Report of the veterinary officer investigating camel disease
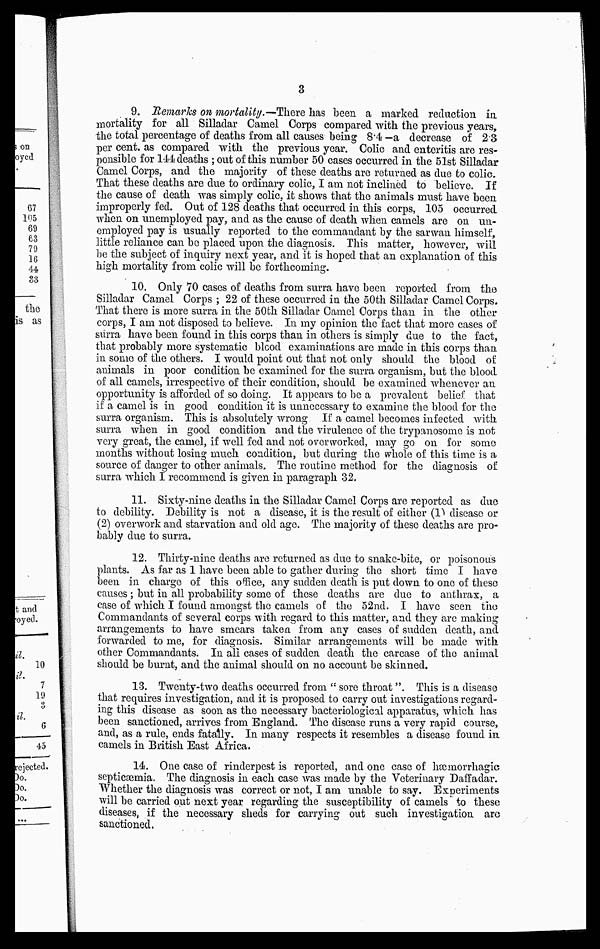
3
9. Remarks on mortality.—There has been a marked reduction in
mortality for all Silladar Camel Corps compared with the previous years,
the total percentage of deaths from all causes being 8.4 —a decrease of 2.3
per cent. as compared with the previous year. Colic and enteritis are res-
ponsible for 144 deaths ; out of this number 50 cases occurred in the 51st Silladar
Camel Corps, and the majority of these deaths are returned as due to colic.
That these deaths are due to ordinary colic, I am not inclined to believe. If
the cause of death was simply colic, it shows that the animals must have been
improperly fed. Out of 128 deaths that occurred in this corps, 105 occurred
when on unemployed pay, and as the cause of death when camels are on un-
employed pay is usually reported to the commandant by the sarwan himself,
little reliance can be placed upon the diagnosis. This matter, however, will
be the subject of inquiry next year, and it is hoped that an explanation of this
high mortality from colic will be forthcoming.
10. Only 70 cases of deaths from surra have been reported from the
Silladar Camel Corps ; 22 of these occurred in the 50th Silladar Camel Corps.
That there is more surra in the 50th Silladar Camel Corps than in the other
corps, I am not disposed to believe. In my opinion the fact that more cases of
surra have been found in this corps than in others is simply due to the fact,
that probably more systematic blood examinations are made in this corps than
in some of the others. I would point out that not only should the blood of
animals in poor condition be examined for the surra organism, but the blood
of all camels, irrespective of their condition, should be examined whenever an
opportunity is afforded of so doing. It appears to be a prevalent belief that
if a camel is in good condition it is unnecessary to examine the blood for the
surra organism. This is absolutely wrong If a camel becomes infected with
surra when in good condition and the virulence of the trypanosome is not
very great, the camel, if well fed and not overworked, may go on for some
months without losing much condition, but during the whole of this time is a
source of danger to other animals. The routine method for the diagnosis of
surra which I recommend is given in paragraph 32.
11. Sixty-nine deaths in the Silladar Camel Corps are reported as due
to debility. Debility is not a disease, it is the result of either (1) disease or
(2) overwork and starvation and old age. The majority of these deaths are pro-
bably due to surra.
12. Thirty-nine deaths are returned as due to snake-bite, or poisonous
plants. As far as 1 have been able to gather during the short time I have
been in charge of this office, any sudden death is put down to one of these
causes ; but in all probability some of these deaths are due to anthrax, a
case of which I found amongst the camels of the 52nd. I have seen the
Commandants of several corps with regard to this matter, and they arc making
arrangements to have smears taken from any cases of sudden death, and
forwarded to me, for diagnosis. Similar arrangements will be made with
other Commandants. In all cases of sudden death the carcase of the animal
should be burnt, and the animal should on no account be skinned.
13. Twenty-two deaths occurred from " sore throat". This is a disease
that requires investigation, and it is proposed to carry out investigations regard-
ing this disease as soon as the necessary bacteriological apparatus, which has
been sanctioned, arrives from England. The disease runs a very rapid course,
and, as a rule, ends fatally. In many respects it resembles a disease found in
camels in British East Africa.
14. One case of rinderpest is reported, and one case of hæmorrhagic
septicæmia. The diagnosis in each case was made by the Veterinary Daffadar.
Whether the diagnosis was correct or not, I am unable to say. Experiments
will be carried out next year regarding the susceptibility of camels to these
diseases, if the necessary sheds for carrying out such investigation are